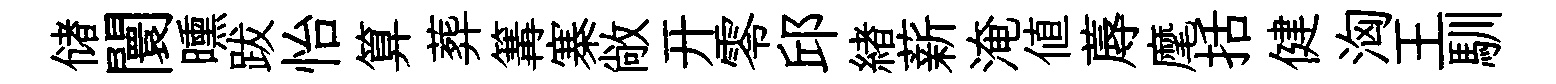
储闤曛跋怡算葬篝寨敞开零邱緖薪淹值蓐麾括健洶王馴